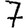
Digit: 7